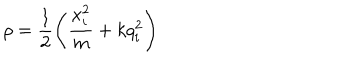
LaTeX: \rho = \frac { 1 } { 2 } \left( \frac { x _ { i } ^ { 2 } } { m } + k q _ { i } ^ { 2 } \right)